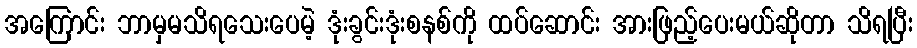
အကြောင်း ဘာမှမသိရသေးပေမဲ့ ဒုံးခွင်းဒုံးစနစ်ကို ထပ်ဆောင်း အားဖြည့်ပေးမယ်ဆိုတာ သိရပြီး